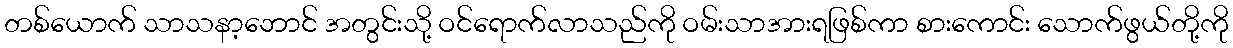
တစ်ယောက် သာသနာ့ဘောင် အတွင်းသို့ ဝင်ရောက်လာသည်ကို ဝမ်းသာအားရဖြစ်ကာ စားကောင်း သောက်ဖွယ်တို့ကို